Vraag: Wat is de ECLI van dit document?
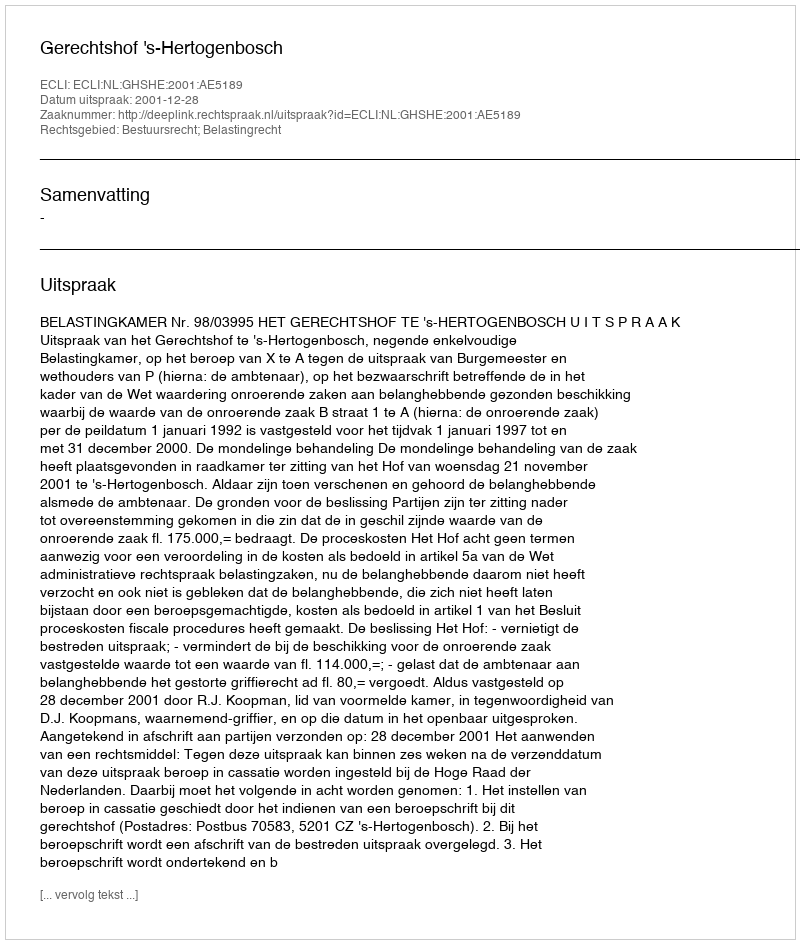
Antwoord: ECLI:NL:GHSHE:2001:AE5189